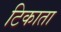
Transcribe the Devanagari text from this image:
टिकाता